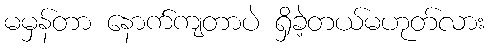
မမှန်တာ နောက်ကျတာပဲ ရှိခဲ့တယ်မဟုတ်လား